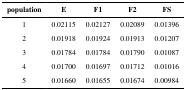
| population | E | F1 | F2 | FS |
 | --- | --- | --- | --- | --- |
 | 1 | 0.02115 | 0.02127 | 0.02089 | 0.01396 |
 | 2 | 0.01918 | 0.01924 | 0.01913 | 0.01207 |
 | 3 | 0.01784 | 0.01784 | 0.01790 | 0.01087 |
 | 4 | 0.01700 | 0.01697 | 0.01712 | 0.01016 |
 | 5 | 0.01660 | 0.01655 | 0.01674 | 0.00984 |